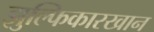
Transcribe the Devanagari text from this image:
झुल्फिकारखान